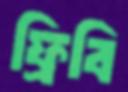
ফ্রিবি